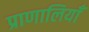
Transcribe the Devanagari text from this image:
प्राणालियाँ